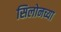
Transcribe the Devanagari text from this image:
सिलोनच्या